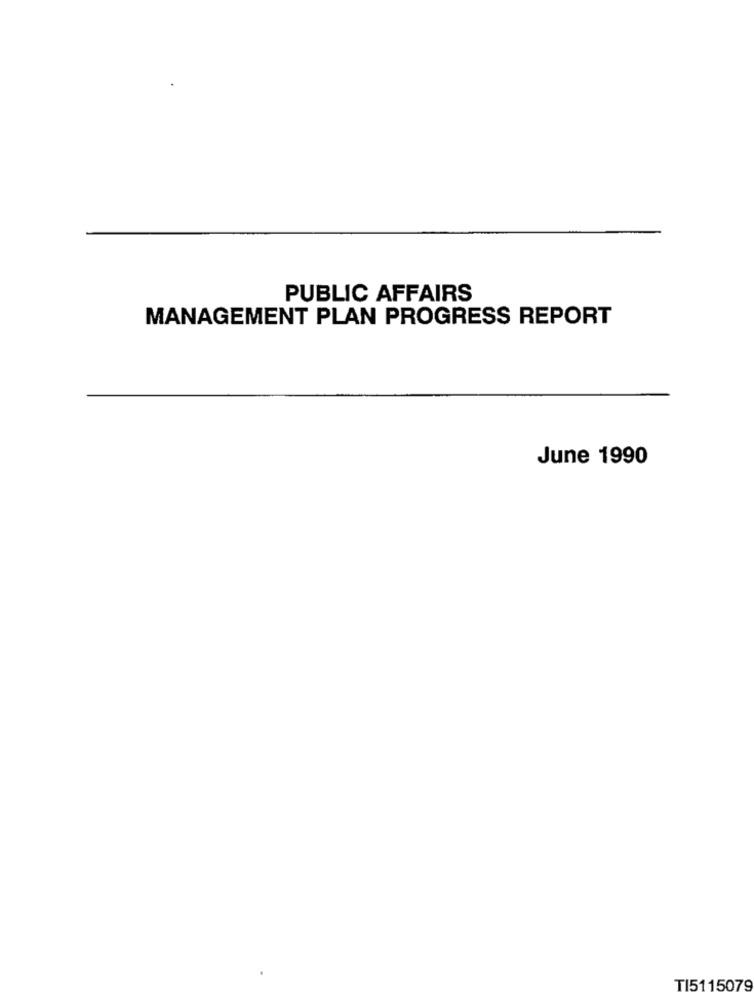
PUBLIC AFFAIRS
MANAGEMENT PLAN PROGRESS REPORT
June 1990
TI5115079